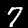
Digit: 7